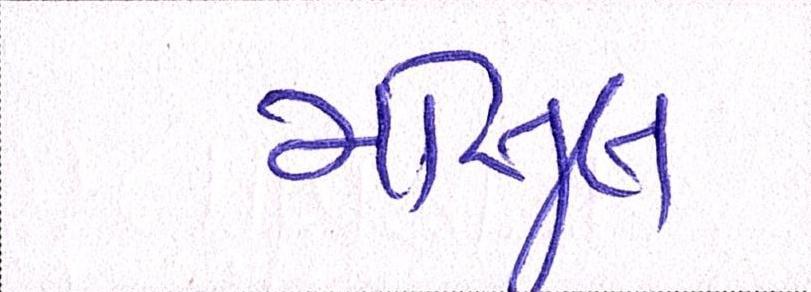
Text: મોસુલ